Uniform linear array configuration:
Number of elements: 24
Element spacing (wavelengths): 1
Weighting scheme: hamming
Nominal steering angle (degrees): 30
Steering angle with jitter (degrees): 31.517
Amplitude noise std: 0.05
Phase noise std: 0.05

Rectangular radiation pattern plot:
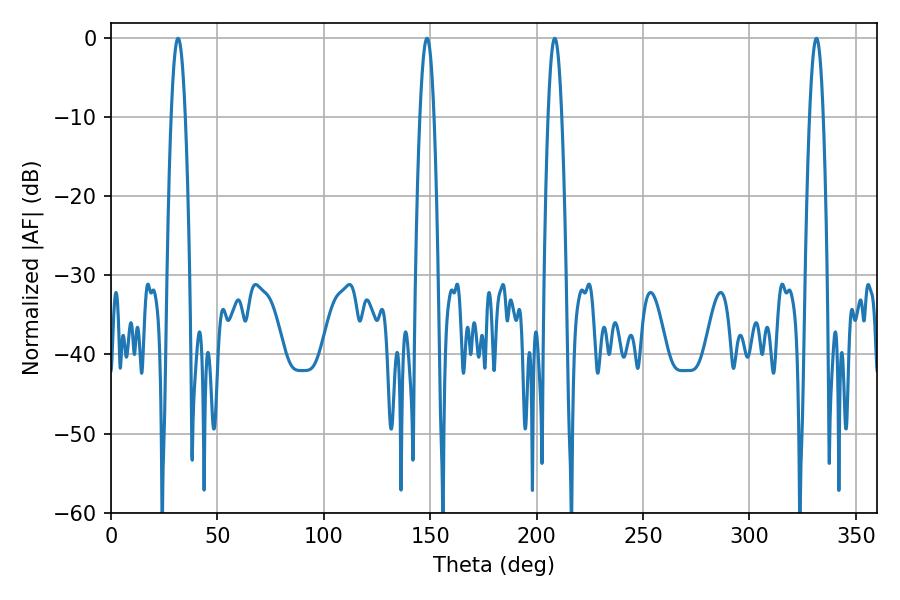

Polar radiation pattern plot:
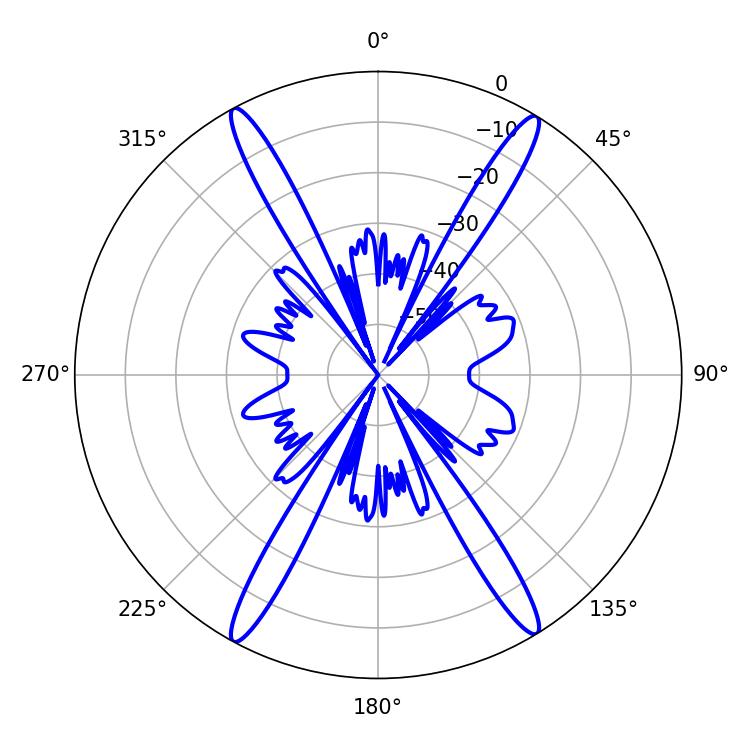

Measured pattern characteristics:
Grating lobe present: TRUE
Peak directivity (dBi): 23.811
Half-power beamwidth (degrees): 3.6
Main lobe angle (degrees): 31.5